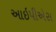
આઇપીએસ